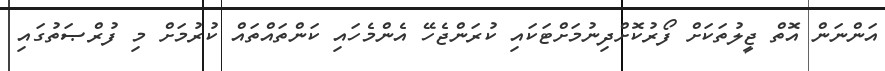
އަންނަން އޮތް ޖީލުތަކަށް ފޯރުކޮށްދިނުމަށްޓަކައި ކުރަންޖެހޭ އެންމެހައި ކަންތައްތައް ކުރުމަށް މި ފުރްޞަތުގައި